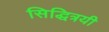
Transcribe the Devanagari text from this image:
सिद्धित्रयी